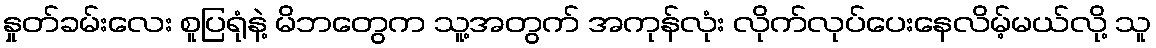
နှုတ်ခမ်းလေး စူပြရုံနဲ့ မိဘတွေက သူ့အတွက် အကုန်လုံး လိုက်လုပ်ပေးနေလိမ့်မယ်လို့ သူ